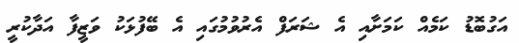
އަގުބޮޑު ކަމެއް ކަމަށާއި އެ ޝަރަފް އެރުވުމުގައި އެ ބޭފުޅަކު ވަޒީފާ އަދާކުރީ